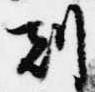
刻